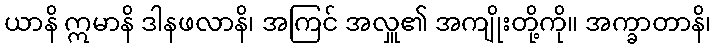
ယာနိ ဣမာနိ ဒါနဖလာနိ၊ အကြင် အလှူ၏ အကျိုးတို့ကို။ အက္ခာတာနိ၊